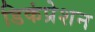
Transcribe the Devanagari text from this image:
डिकंप्रेशन